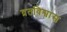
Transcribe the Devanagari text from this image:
व्रतविश्वास